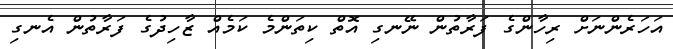
އަހަރެންނަށް ރިހާންގެ ފަރާތުން ނޭނގި އޮތް ކިތަންމެ ކަމެއް ޒާހިދުގެ ފަރާތުން އެނގި